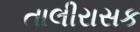
તાલીરાસક